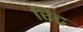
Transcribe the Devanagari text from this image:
रिट्र